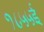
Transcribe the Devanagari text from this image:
१८५५ई